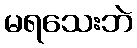
မရသေးဘဲ